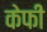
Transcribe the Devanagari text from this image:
केफी